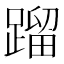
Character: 蹓